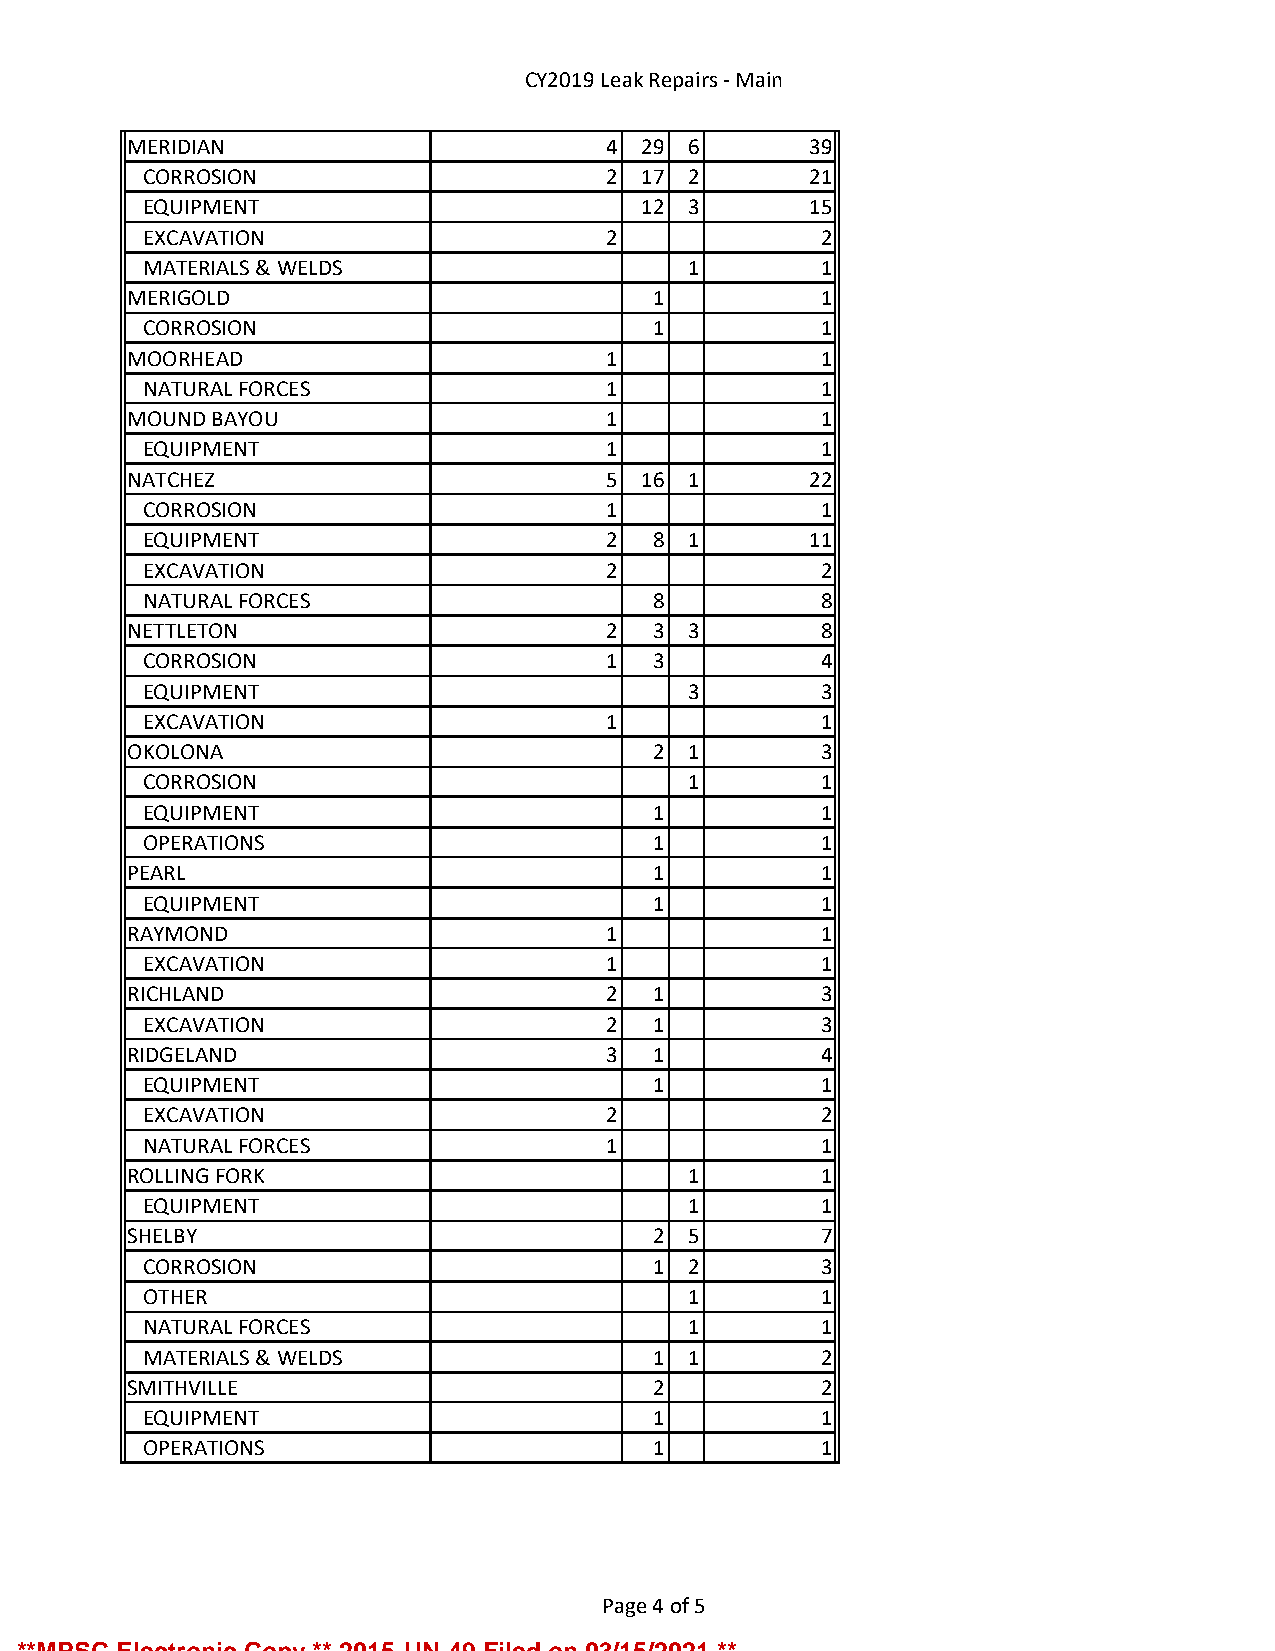
CY2019 Leak Repairs - Main
 MERIDIAN                       4  29 6       39
 CORROSION                     2  17 2       21
 EQUIPMENT                        12 3       15
 EXCAVATION                    2              2
 MATERIALS & WELDS                   1        1
 MERIGOLD                          1           1
 CORROSION                        1           1
 MOORHEAD                       1              1
 NATURAL FORCES                1              1
 MOUND BAYOU                    1              1
 EQUIPMENT                     1              1
 NATCHEZ                        5  16 1       22
 CORROSION                     1              1
 EQUIPMENT                     2  8  1       11
 EXCAVATION                    2              2
 NATURAL FORCES                   8           8
 NETTLETON                      2  3  3        8
 CORROSION                     1  3           4
 EQUIPMENT                           3        3
 EXCAVATION                    1              1
 OKOLONA                           2  1        3
 CORROSION                           1        1
 EQUIPMENT                        1           1
 OPERATIONS                       1           1
 PEARL                             1           1
 EQUIPMENT                        1           1
 RAYMOND                        1              1
 EXCAVATION                    1              1
 RICHLAND                       2  1           3
 EXCAVATION                    2  1           3
 RIDGELAND                      3  1           4
 EQUIPMENT                        1           1
 EXCAVATION                    2              2
 NATURAL FORCES                1              1
 ROLLING FORK                         1        1
 EQUIPMENT                           1        1
 SHELBY                            2  5        7
 CORROSION                        1  2        3
 OTHER                               1        1
 NATURAL FORCES                      1        1
 MATERIALS & WELDS                1  1        2
 SMITHVILLE                        2           2
 EQUIPMENT                        1           1
 OPERATIONS                       1           1
 Page 4 of 5
 **MPSC Electronic Copy ** 2015-UN-49 Filed on 03/15/2021 **